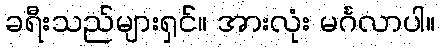
ခရီးသည်များရှင်။ အားလုံး မင်္ဂလာပါ။